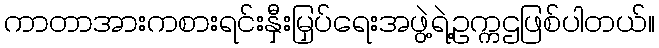
ကာတာအားကစားရင်းနှီးမြှပ်ရေးအဖွဲ့ရဲ့ဥက္ကဌဖြစ်ပါတယ်။